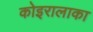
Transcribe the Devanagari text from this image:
कोइरालाका